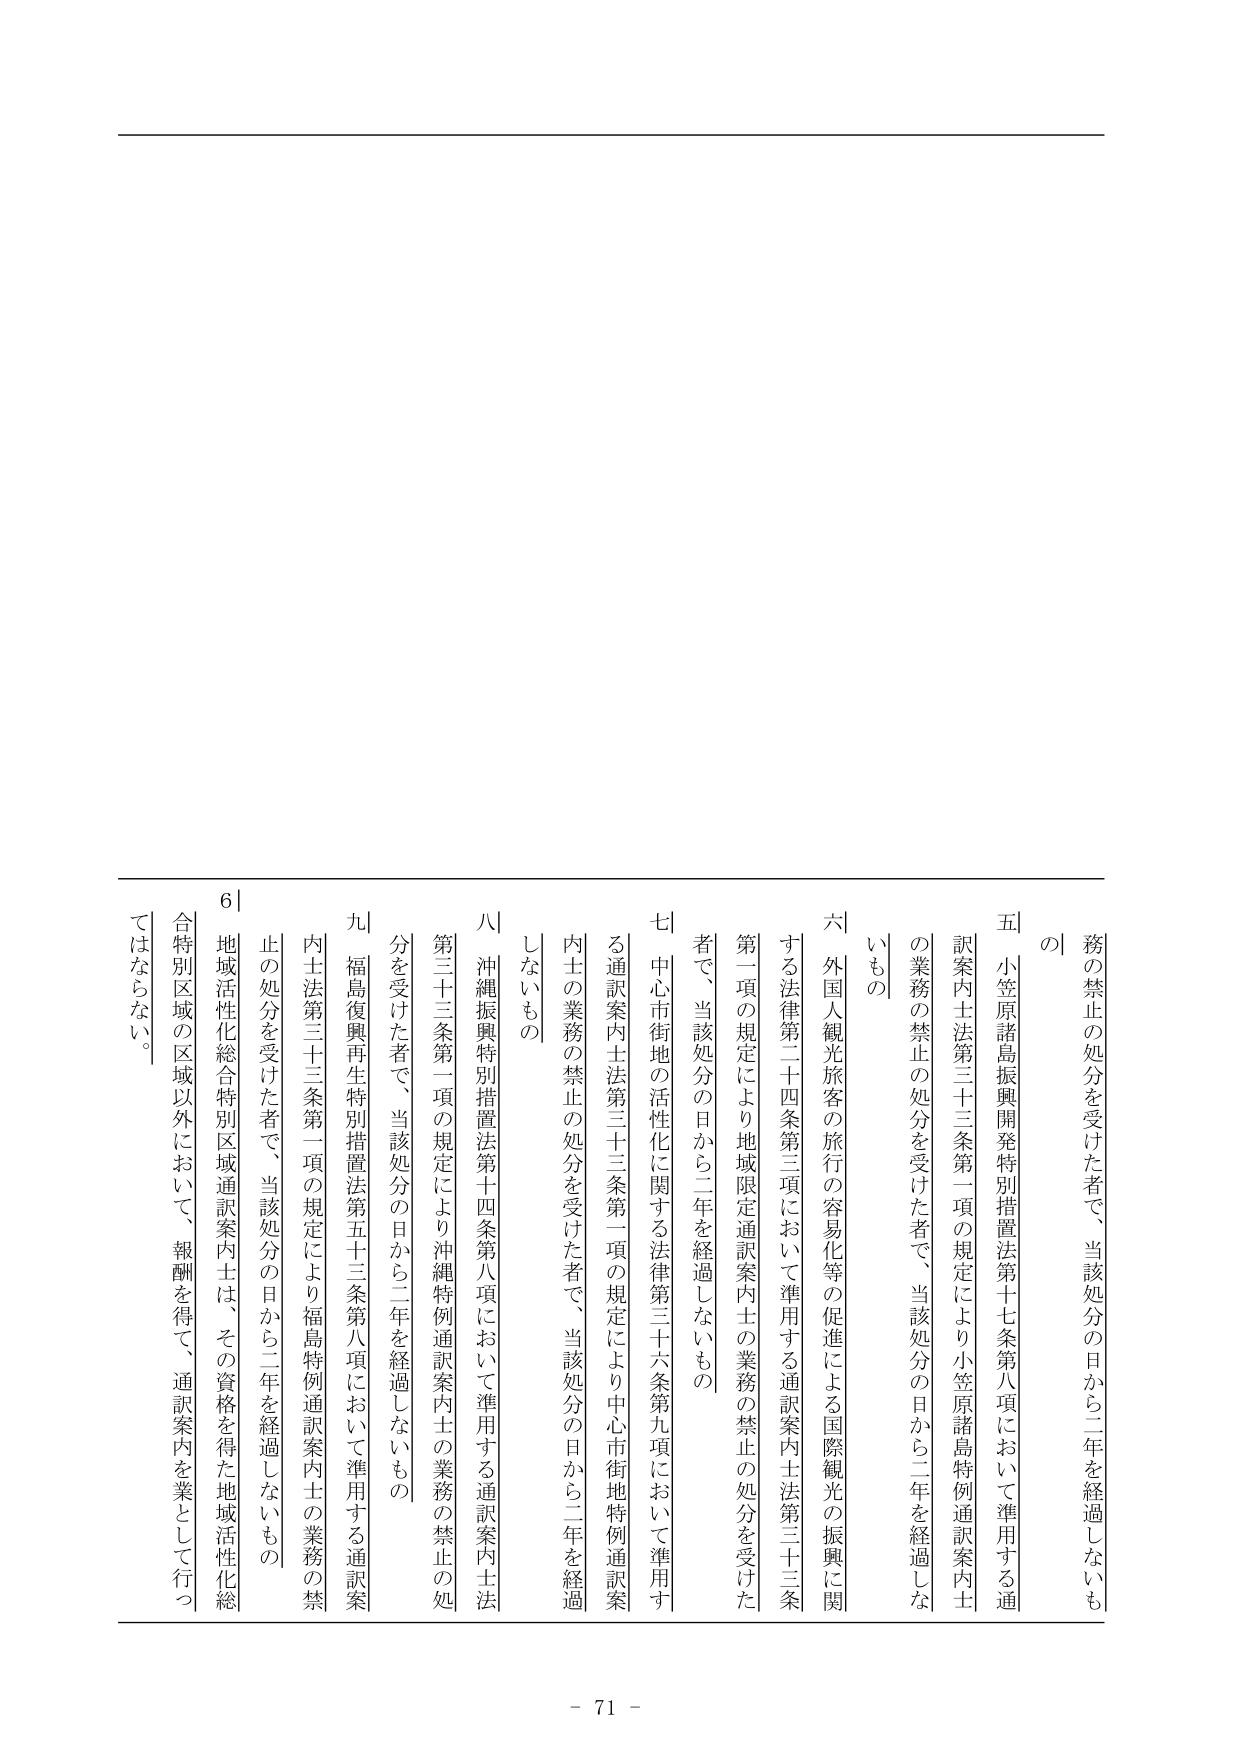
務の禁止の処分を受けた者で、当該処分の日から二年を経過しないもの

五 小笠原諸島振興開発特別措置法第十七条第八項において準用する通訳案内士法第三十三条第一項の規定により小笠原諸島特例通訳案内士の業務の禁止の処分を受けた者で、当該処分の日から二年を経過しないもの

六 外国人観光旅客の旅行の容易化等の促進による国際観光の振興に関する法律第二十四条第三項において準用する通訳案内士法第三十三条第一項の規定により地域限定通訳案内士の業務の禁止の処分を受けた者で、当該処分の日から二年を経過しないもの

七 中心市街地の活性化に関する法律第三十六条第九項において準用する通訳案内士法第三十三条第一項の規定により中心市街地特例通訳案内士の業務の禁止の処分を受けた者で、当該処分の日から二年を経過しないもの

八 沖縄振興特別措置法第十四条第八項において準用する通訳案内士法第三十三条第一項の規定により沖縄特例通訳案内士の業務の禁止の処分を受けた者で、当該処分の日から二年を経過しないもの

九 福島復興再生特別措置法第五十三条第八項において準用する通訳案内士法第三十三条第一項の規定により福島特例通訳案内士の業務の禁止の処分を受けた者で、当該処分の日から二年を経過しないもの

地域活性化総合特別区域通訳案内士は、その資格を得た地域活性化総合特別区域の区域以外において、報酬を得て、通訳案内を業として行つてはならない。

6|

- 71 -